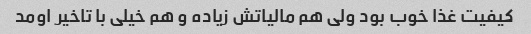
کیفیت غذا خوب بود ولی هم مالیاتش زیاده و هم خیلی با تاخیر اومد